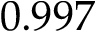
0 . 9 9 7